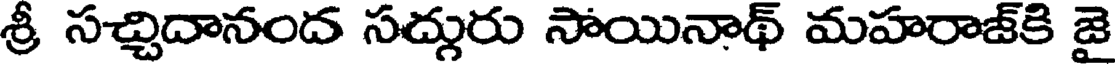
శ్రీ సచ్చిదానంద సద్గురు సోయినాథ్ మహరాజ్కి జై